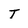
Character: T